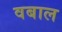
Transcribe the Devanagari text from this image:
वबाल